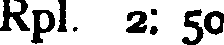
Rpl. 2: 50